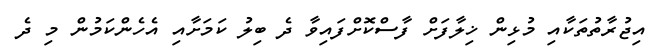
އިޖުރާތުތަކާއި މުޅިން ޚިލާފަށް ފާސްކޮށްފައިވާ ދެ ބިލު ކަމަށާއި އެހެންކަމުން މި ދެ